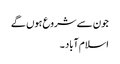
جون سے شروع ہوں گے
اسلام آباد ۔